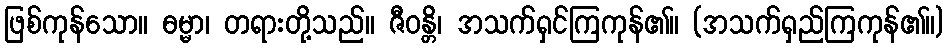
ဖြစ်ကုန်သော။ ဓမ္မာ၊ တရားတို့သည်။ ဇီဝန္တိ၊ အသက်ရှင်ကြကုန်၏။ (အသက်ရှည်ကြကုန်၏။)